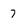
Character: 7